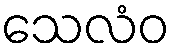
သေလံဝ